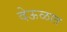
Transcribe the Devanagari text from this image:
देऊळात